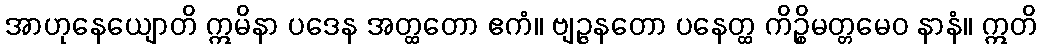
အာဟုနေယျောတိ ဣမိနာ ပဒေန အတ္ထတော ဧကံ။ ဗျဉ္ဇနတော ပနေတ္ထ ကိဉ္စိမတ္တမေဝ နာနံ။ ဣတိ